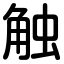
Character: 触